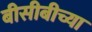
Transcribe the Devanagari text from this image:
बीसीबीच्या